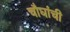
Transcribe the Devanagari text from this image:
चौघांची